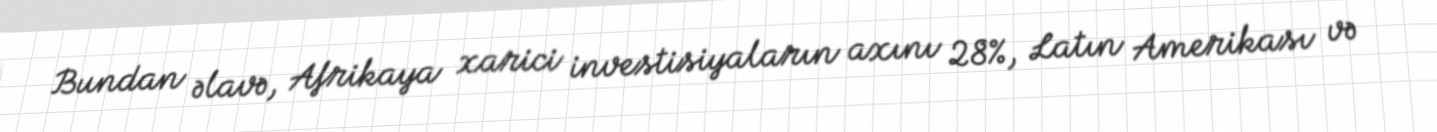
Bundan əlavə, Afrikaya xarici investisiyaların axını 28%, Latın Amerikası və